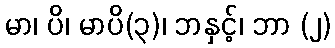
မာ၊ ပိ၊ မာပိ(၃)၊ ဘနှင့်၊ ဘာ (၂)